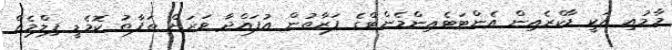
މާމުއި އަކީ ޑާކްރެއިން އެންޓަޓެއިންމެންޓްގެ ފަރާތުން އުފައްދާ ވަރަށް ތަފާތު ކޮމެޑީ ފިލްމެއް